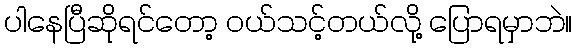
ပါနေပြီဆိုရင်တော့ ဝယ်သင့်တယ်လို့ ပြောရမှာဘဲ။